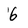
Character: 6